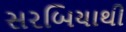
સરબિયાથી